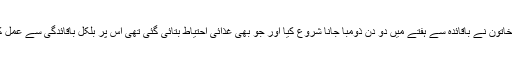
ان خاتون نے باقائدہ سے ہفتے میں دو دن ذومبا جانا شروع کیا اور جو بھی غذائی احتیاط بتائی گئی تھی اس پر بلکل باقائدگی سے عمل کیا۔